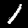
Digit: 1